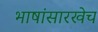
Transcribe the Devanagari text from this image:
भाषांसारखेच